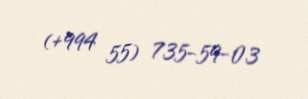
(+994 55) 735-59-03